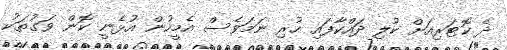
ދެ ކޮޓަރިއަށް ކުލި ދައްކާފައި ހުރި ނަމަވެސް އެމީހުން އުޅެނީ ކޮން ވަގުތަކު